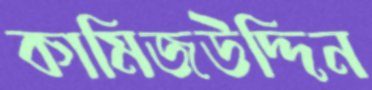
কামিজউদ্দিন